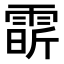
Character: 𩃟